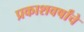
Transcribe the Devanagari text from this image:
प्रकाशवर्षांचे